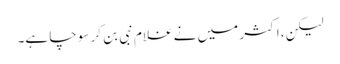
لیکن، اکثر میں نے غلام نبی بن کر سوچا ہے۔